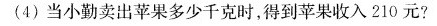
(4) 当小勤卖出苹果多少千克时，得到苹果收入210元?